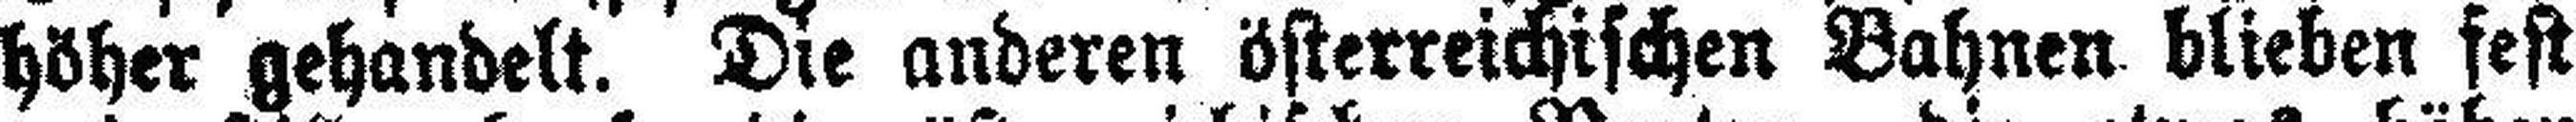
höher gehandelt. Die anderen österreichischen Bahnen blieben fest